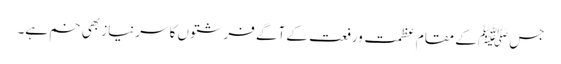
جسﷺ کے مقام عظمت ورفعت کے آگے فرشتوں کا سرنیاز بھی خم ہے۔